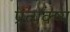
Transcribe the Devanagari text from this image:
प्रत्यक्ष्य